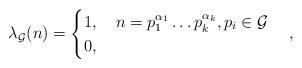
LaTeX: \begin{align*}\lambda_\mathcal{G}(n)=\begin{cases}1, \quad n=p_1^{\alpha_1}\dots p_k^{\alpha_k}, p_i\in \mathcal{G}\\0, \quad\end{cases},\end{align*}